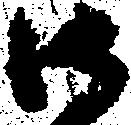
御